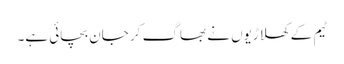
ٹیم کے کھلاڑیوں نے بھاگ کر جان بچائی ہے۔